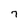
Character: 7